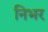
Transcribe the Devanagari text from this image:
निभर